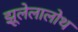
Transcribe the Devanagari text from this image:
झूलेलालोथ